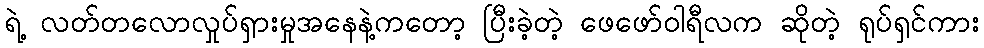
ရဲ့ လတ်တလောလှုပ်ရှားမှုအနေနဲ့ကတော့ ပြီးခဲ့တဲ့ ဖေဖော်ဝါရီလက ဆိုတဲ့ ရုပ်ရှင်ကား